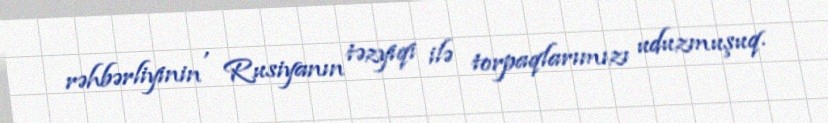
rəhbərliyinin , Rusiyanın təzyiqi ilə torpaqlarımızı uduzmuşuq.